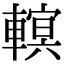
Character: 𨍵